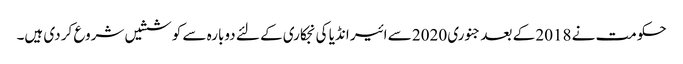
حکومت نے 2018 کے بعد جنوری 2020 سے ائیر انڈیا کی نجکاری کے لئے دوبارہ سے کوششیں شروع کر دی ہیں۔